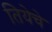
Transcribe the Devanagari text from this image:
तियेचे